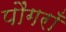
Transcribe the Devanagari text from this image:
पौंगराँ